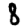
Digit: 8